Indian journal of veterinary science and animal husbandry - Volumes 18-21, 1948-1951
Year: 1948
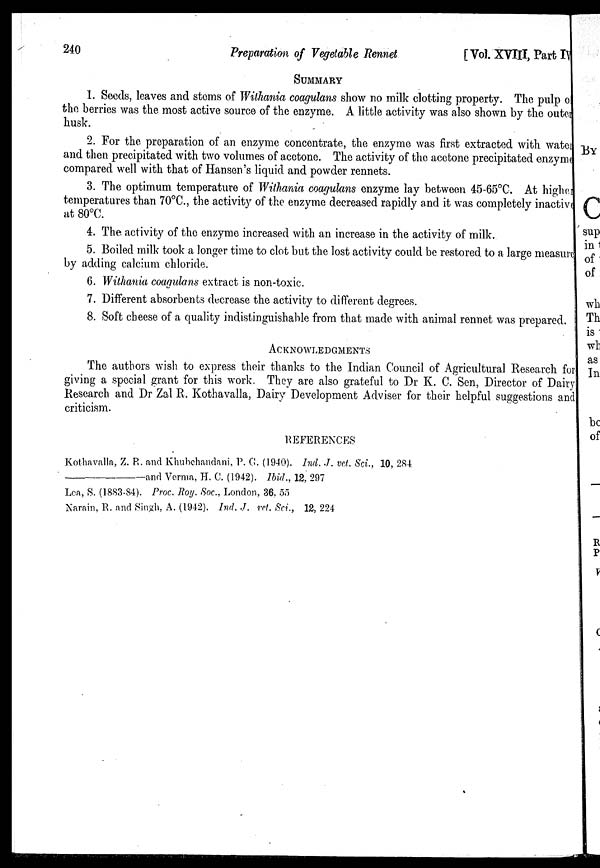
240
Preparation of Vegetable Rennet
[Vol. XVIII, Part IV
SUMMARY
1. Seeds, leaves and stems of Withania coagulans show no milk clotting property. The pulp o
the berries was the most active source of the enzyme. A little activity was also shown by the outer
husk.
2. For the preparation of an enzyme concentrate, the enzyme was first extracted with wate
and then precipitated with two volumes of acetone. The activity of the acetone precipitated enzym
compared well with that of Hansen's liquid and powder rennets.
3. The optimum temperature of Withania coagulans enzyme lay between 45-65°C. At higher
temperatures than 70°C., the activity of the enzyme decreased rapidly and it was completely inactive
at 80°C.
4. The activity of the enzyme increased with an increase in the activity of milk.
5. Boiled milk took a longer time to clot but the lost activity could be restored to a large measure
by adding calcium chloride.
6. Withania coagulans extract is non-toxic.
7. Different absorbents decrease the activity to different degrees.
8. Soft cheese of a quality indistinguishable from that made with animal rennet was prepared.
ACKNOWLEDGMENTS
The authors wish to express their thanks to the Indian Council of Agricultural Research for
giving a special grant for this work. They are also grateful to Dr K. C. Sen, Director of Dairy
Research and Dr Zal R. Kothavalla, Dairy Development Adviser for their helpful suggestions and
criticism.
REFERENCES
Kothavalla, Z. R. and Khubchandani, P. G. (1940). Ind. J. vet. Sci., 10, 284
——and
Verma, H. C. (1942). Ibid., 12, 297
Lea, S. (1883-84). Proc. Roy. Soc., London, 36, 55
Narain, R. and Singh, A. (1942). Ind. J. ret. Sci., 12, 224